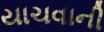
યાચવાની